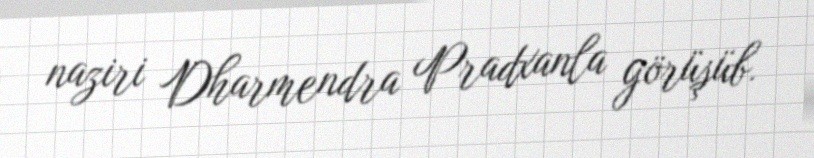
naziri Dharmendra Pradxanla görüşüb.